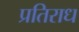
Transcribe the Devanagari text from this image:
प्रतिराध